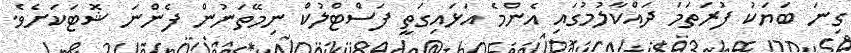
ގިނަ ބަޔަކު ފުރަތަމަ ދައްކާލުމުގައި އެންމެ އަޅައިގަތީ ފަސްޓްލުކް ނިމޭތަނުން ފެންނަ ޝޮޓަކަށެވެ.